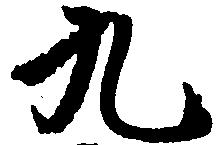
九